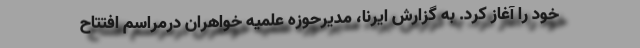
خود را آغاز کرد. به گزارش ایرنا، مدیرحوزه علمیه خواهران درمراسم افتتاح